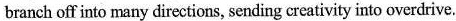
branch off into nmany directions, sending creativity into overdrive.